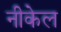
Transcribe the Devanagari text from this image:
नीकेल